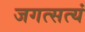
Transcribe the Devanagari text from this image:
जगत्सत्यं